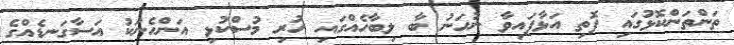
ތަންތަންކޮޅުގައި ފޮތި އަޅާފައިވާ ނުހަނު ބާ ލިބާހެއްގައި ހުރި މުސްކުޅި އަންހެނަކު އަސާގަނޑެއްގެ